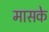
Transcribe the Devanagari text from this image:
मासके